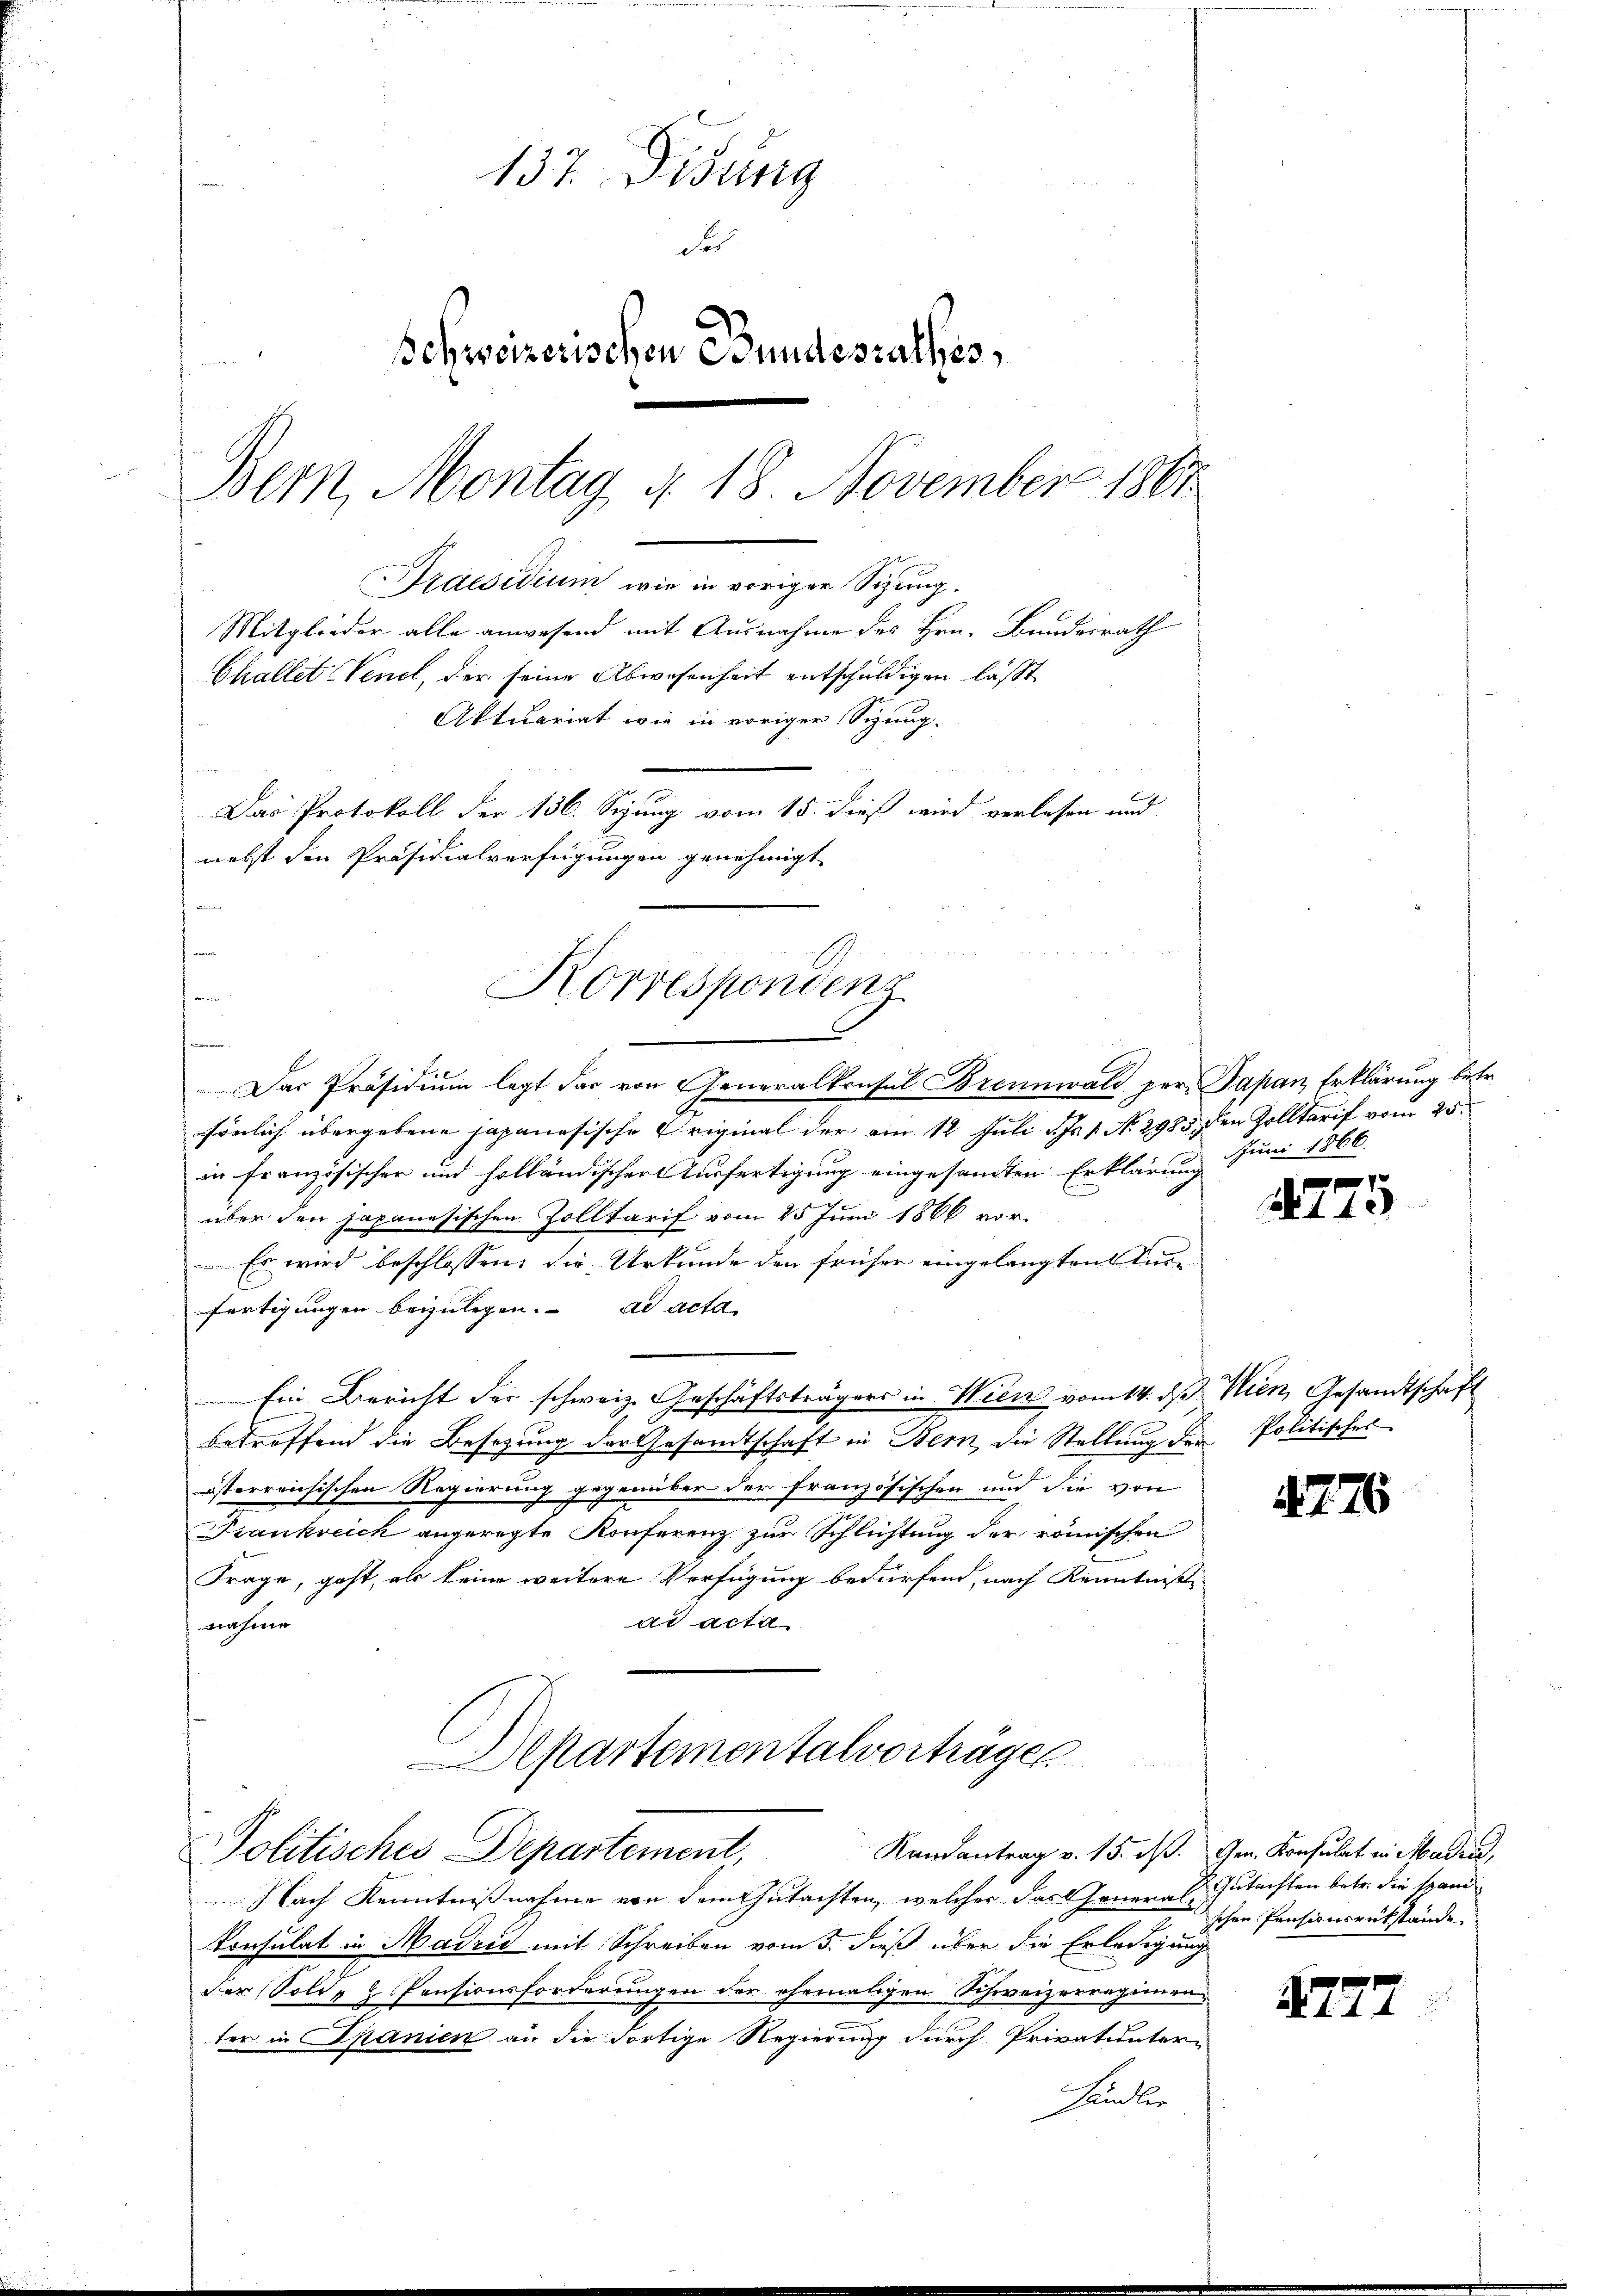
137. Disung
der
Schweizerischen Bundesrathes,
Bern, Montag d. 18. November 1861.
Praesidium wie in voriger Sizung.
Mitglieder alle anwesend mit Ausnahme des Hrn. Bundesrath
Challet Venet, der seine Abwesenheit entschuldigen läßt,
Aktuariat wie in voriger Sizung.
Das Protokoll der 136. Sizung vom 15. dieß wird verlesen und
nebst den Präsidialverfügungen genehmigt

e
Korrespondenz

Das Präsidium legt das von Generalkonsul Brennwald per Papan Erklärung betr.
sönlich übergebene Japanesische Original der am 12 Juli d. 1. No. 2985, den Zolltarif vom 25.
in französischer und holländischer Ausfertigung eingesandten Erklärung
über den japanesischen Zolltarif vom 25 Juni 1866 vor¬
 Es wird beschlossen: die Urkunde den früher eingelangten Tuc
fertigungen beizulegen. ad acta
Ein Bericht der schweiz. Geschäftsträgers in Wien vom 14. ds Wien, Gesandtschaft
betreffend die Besetzung der Gesandtschaft in Bern, die Stellung der Politisches
österreichischen Regierung gegenüber der französischen und die von
Frankreich angeregte Konferenz zur Schlichtung der römischen
Frage, geht, als keine weitere Verfügung bedürfend, nach Kenntniß
ad acta
e
Departementalvorträgen

Politisches Departement,

Juni 1866.

Nach Kenntnißnahme von dem Gutachten, welcher das General Gutachten betr. die spand
Konsulat in Madrid mit Schreiben vom 3. dieß über die Erledigung
der Solde & Pensionsforderungen der ehemaligen Schweizerregimen
ter in Spanien an die dortige Regierung durch Privatunter-
Hamler

2275

1276

Randantrag v. 15. ds. Gen. Konsulat in Mader,
schen Pensionsrükstände

2777